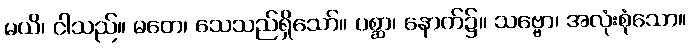
မယိ၊ ငါသည်။ မတေ၊ သေသည်ရှိသော်။ ပစ္ဆာ၊ နောက်၌။ သဗ္ဗော၊ အလုံးစုံသော။